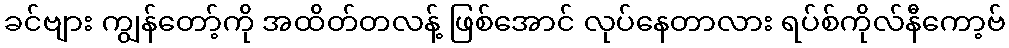
ခင်ဗျား ကျွန်တော့်ကို အထိတ်တလန့် ဖြစ်အောင် လုပ်နေတာလား ရပ်စ်ကိုလ်နီကော့ဗ်